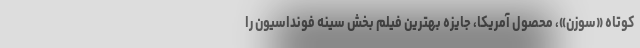
کوتاه «سوزن»، محصول آمریکا، جایزه بهترین فیلم بخش سینه فونداسیون را